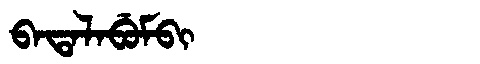
Manchu: ᠪᠠᡨᠠᠯᠠᠪᡠᠮᠪᡳ
Romanization: BATALABUMBI